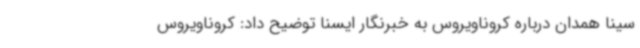
سینا همدان درباره کروناویروس به خبرنگار ایسنا توضیح داد: کروناویروس